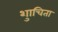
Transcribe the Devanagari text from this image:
शुाचिता